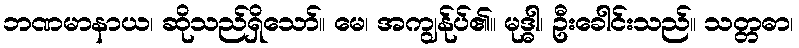
ဘဏမာနာယ၊ ဆိုသည်ရှိသော်။ မေ၊ အကျွန်ုပ်၏။ မုဒ္ဓါ၊ ဦးခေါင်းသည်။ သတ္တဓာ၊